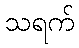
သရက်